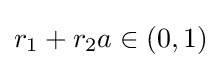
r_{1}+r_{2}a\in (0,1)